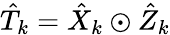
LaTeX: \hat{T}_{k}=\hat{X}_{k}\odot\hat{Z}_{k}